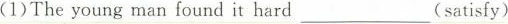
(1)The young man found it hard ___ (satisfy)